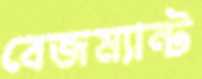
বেজম্যান্ট